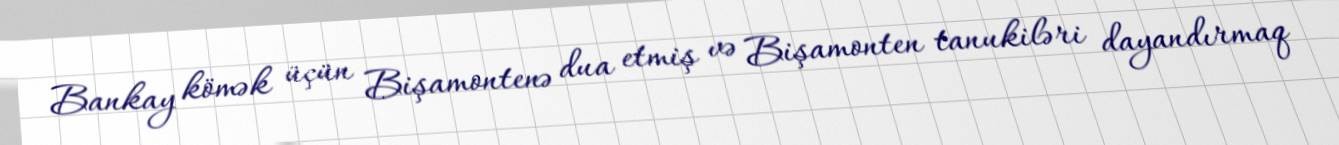
Bankay kömək üçün Bişamontenə dua etmiş və Bişamonten tanukiləri dayandırmaq